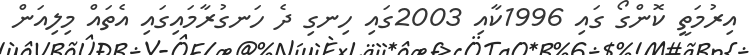
އިރުމަތީ ކޮންގޯ ގައި 1996ކާއި 2003ގައި ހިނގި ދެ ހަނގުރާމައިގައި އެތައް މިލިއަން